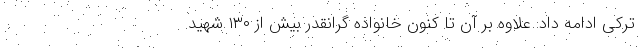
ترکی ادامه داد: علاوه بر آن تا کنون خانواده گرانقدر بیش از ۱۳۰ شهید